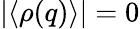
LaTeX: |\langle\rho(q)\rangle|=0